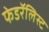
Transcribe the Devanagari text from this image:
फेडरॅलिस्ट